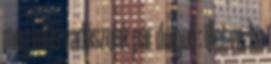
még mi is vadászunk pár dolgot : illetve, ha